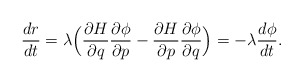
\begin{align*}\frac{dr}{dt} = \lambda \Big( \frac{\partial H}{\partial q}\frac{\partial \phi}{\partial p} - \frac{\partial H}{\partial p}\frac{\partial \phi}{\partial q} \Big)= -\lambda \frac{d\phi}{dt}.\end{align*}